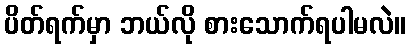
ပိတ်ရက်မှာ ဘယ်လို စားသောက်ရပါမလဲ။